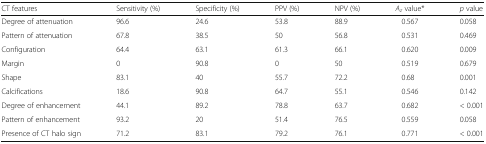
<table><thead><tr><td><b>CT features</b></td><td><b>Sensitivity (%)</b></td><td><b>Specificity (%)</b></td><td><b>PPV (%)</b></td><td><b>NPV (%)</b></td><td><b><i>A</i><sub><i>z</i></sub> value*</b></td><td><b><i>p</i> value</b></td></tr></thead><tbody><tr><td>Degree of attenuation</td><td>96.6</td><td>24.6</td><td>53.8</td><td>88.9</td><td>0.567</td><td>0.058</td></tr><tr><td>Pattern of attenuation</td><td>67.8</td><td>38.5</td><td>50</td><td>56.8</td><td>0.531</td><td>0.469</td></tr><tr><td>Configuration</td><td>64.4</td><td>63.1</td><td>61.3</td><td>66.1</td><td>0.620</td><td>0.009</td></tr><tr><td>Margin</td><td>0</td><td>90.8</td><td>0</td><td>50</td><td>0.519</td><td>0.679</td></tr><tr><td>Shape</td><td>83.1</td><td>40</td><td>55.7</td><td>72.2</td><td>0.68</td><td>0.001</td></tr><tr><td>Calcifications</td><td>18.6</td><td>90.8</td><td>64.7</td><td>55.1</td><td>0.546</td><td>0.142</td></tr><tr><td>Degree of enhancement</td><td>44.1</td><td>89.2</td><td>78.8</td><td>63.7</td><td>0.682</td><td>&lt; 0.001</td></tr><tr><td>Pattern of enhancement</td><td>93.2</td><td>20</td><td>51.4</td><td>76.5</td><td>0.559</td><td>0.058</td></tr><tr><td>Presence of CT halo sign</td><td>71.2</td><td>83.1</td><td>79.2</td><td>76.1</td><td>0.771</td><td>&lt; 0.001</td></tr></tbody></table>